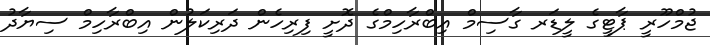
ޖުމްހޫރީ ޕާޓީގެ ލީޑަރ ގާސިމް އިބްރާހިމްގެ ދޮށީ ފިރިހެން ދަރިކަލުން އިބްރާހިމް ސިޔާދު